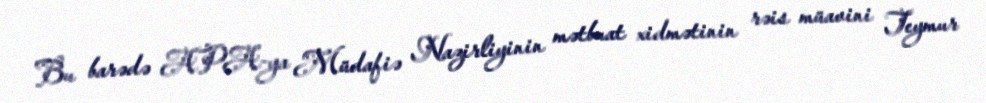
Bu barədə APA-ya Müdafiə Nazirliyinin mətbuat xidmətinin rəis müavini Teymur